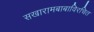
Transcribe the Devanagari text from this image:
सखारामबाबाविरचित